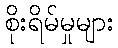
စိုးရိမ်မှုများ